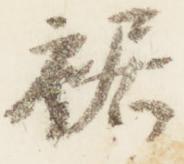
裾